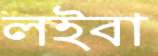
লইবা